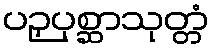
ပဉှပုစ္ဆာသုတ္တံ